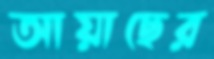
আয়াছের